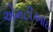
એમટીઆઇ